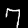
Label: 7